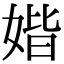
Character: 媘